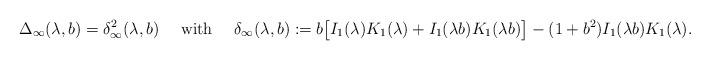
LaTeX: \begin{align*}\Delta_{\infty}(\lambda,b)=\delta_{\infty}^{2}(\lambda,b)\quad\mbox{ with }\quad\delta_{\infty}(\lambda,b):=b\big[I_{1}(\lambda)K_{1}(\lambda)+I_{1}(\lambda b)K_{1}(\lambda b)\big]-(1+b^{2})I_{1}(\lambda b)K_{1}(\lambda).\end{align*}